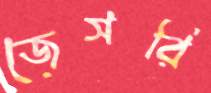
জেসরি